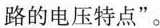
路的电压特点”。